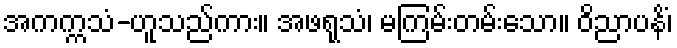
အကက္ကသံ-ဟူသည်ကား။ အဖရုသံ၊ မကြမ်းတမ်းသော။ ဝိညာပနိံ၊